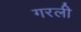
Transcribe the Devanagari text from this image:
गरली